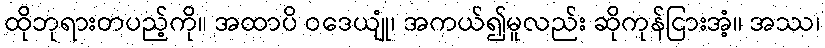
ထိုဘုရားတပည့်ကို။ အထာပိ ဝဒေယျုံ၊ အကယ်၍မူလည်း ဆိုကုန်ငြားအံ့။ အဿ၊